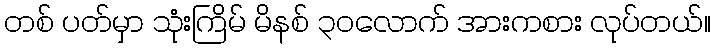
တစ် ပတ်မှာ သုံးကြိမ် မိနစ် ၃၀လောက် အားကစား လုပ်တယ်။